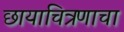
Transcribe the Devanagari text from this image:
छायाचित्रणाचा